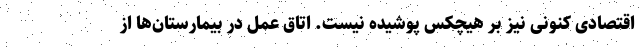
اقتصادی کنونی نیز بر هیچکس پوشیده نیست. اتاق عمل در بیمارستان‌ها از